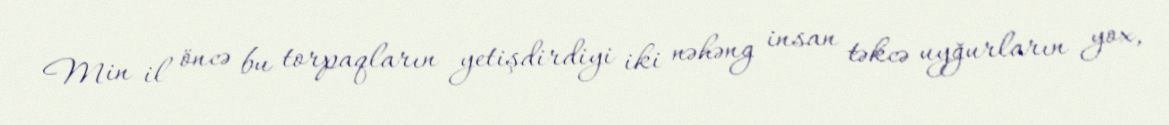
Min il öncə bu torpaqların yetişdirdiyi iki nəhəng insan təkcə uyğurların yox,